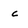
Character: c